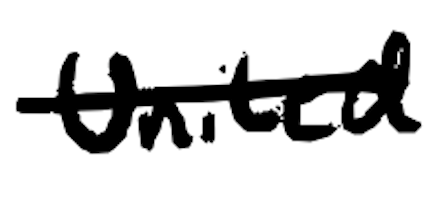
Text: United
Cross-out: single-line
Writing tool: digital_black